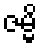
ဇမ္မိ